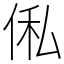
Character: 俬